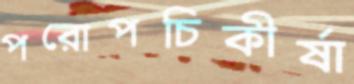
পরোপচিকীর্ষা